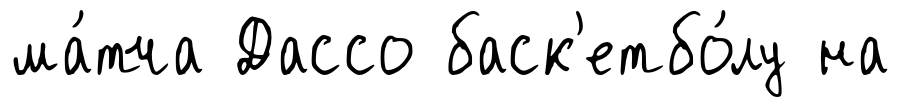
ма́тча Дассо баск'етбо́лу на